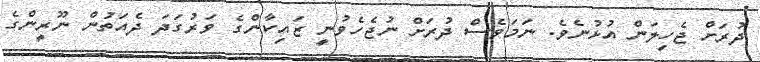
ދުރަށް ޖެހިލަން އުޅުނެވެ. ނަމަވެސް ދުރަަށް ނުޖެހެވުނީ ޒައިކާންގެ ވަރުގަދަ ދެއަތުން ނޫރީންގެ